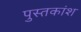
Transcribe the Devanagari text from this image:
पुस्तकांश